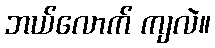
ဘယ်လောက် ကျလဲ။